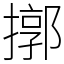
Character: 㨯